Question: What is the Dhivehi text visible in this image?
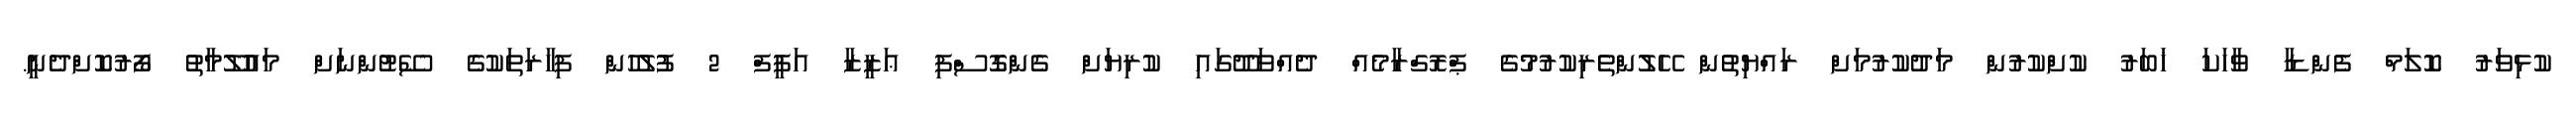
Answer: ކުޅިވަރު ކޮލަމް ފެންޑާ ވާހަކަ ޚަބަރު ކުށްކުރުން މަދުކުރުމަށް ރައްޔިތުން ހޭލުންތެރިކުރުމުގެ ޕްރޮގްރާމެއް ދެއްވަދޫގައި ކުރިޔަށް ގެންގޮސްފި ޢަޒީޒާ އަފީފް 2 ފުލުހުން ފިހާރަތަކުގެ ސޭޓުންނަށް މައުލޫމާތު ފޯރުކޮށްދެނީ.